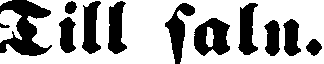
Till salu.